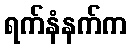
ရက်နံနက်က